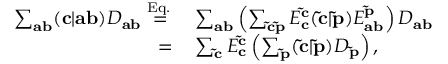
\begin{array} { r l } { \sum _ { \mathbf { a b } } ( \mathbf { c } | \mathbf { a } \mathbf { b } ) D _ { \mathbf { a b } } \overset { \mathrm { E q . \, } } { = } } & { { } \sum _ { \mathbf { a b } } \left( \sum _ { \mathbf { \tilde { c } \tilde { p } } } E _ { \mathbf { c } } ^ { \mathbf { \tilde { c } } } ( \mathbf { \tilde { c } } | \mathbf { \tilde { p } } ) E _ { \mathbf { a b } } ^ { \mathbf { \tilde { p } } } \right) D _ { \mathbf { a b } } } \\ { = } & { { } \sum _ { \mathbf { \tilde { c } } } E _ { \mathbf { c } } ^ { \mathbf { \tilde { c } } } \left( \sum _ { \mathbf { \tilde { p } } } ( \mathbf { \tilde { c } } | \mathbf { \tilde { p } } ) D _ { \mathbf { \tilde { p } } } \right) , } \end{array}